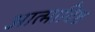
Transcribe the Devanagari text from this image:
आत्माविष्ट